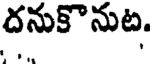
దనుకొనుట,